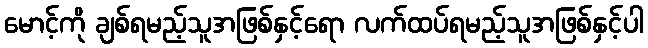
မောင့်ကို ချစ်ရမည့်သူအဖြစ်နှင့်ရော လက်ထပ်ရမည့်သူအဖြစ်နှင့်ပါ